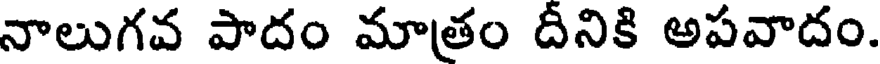
నాలుగవ పాదం మాత్రం దీనికి అపవాదం.